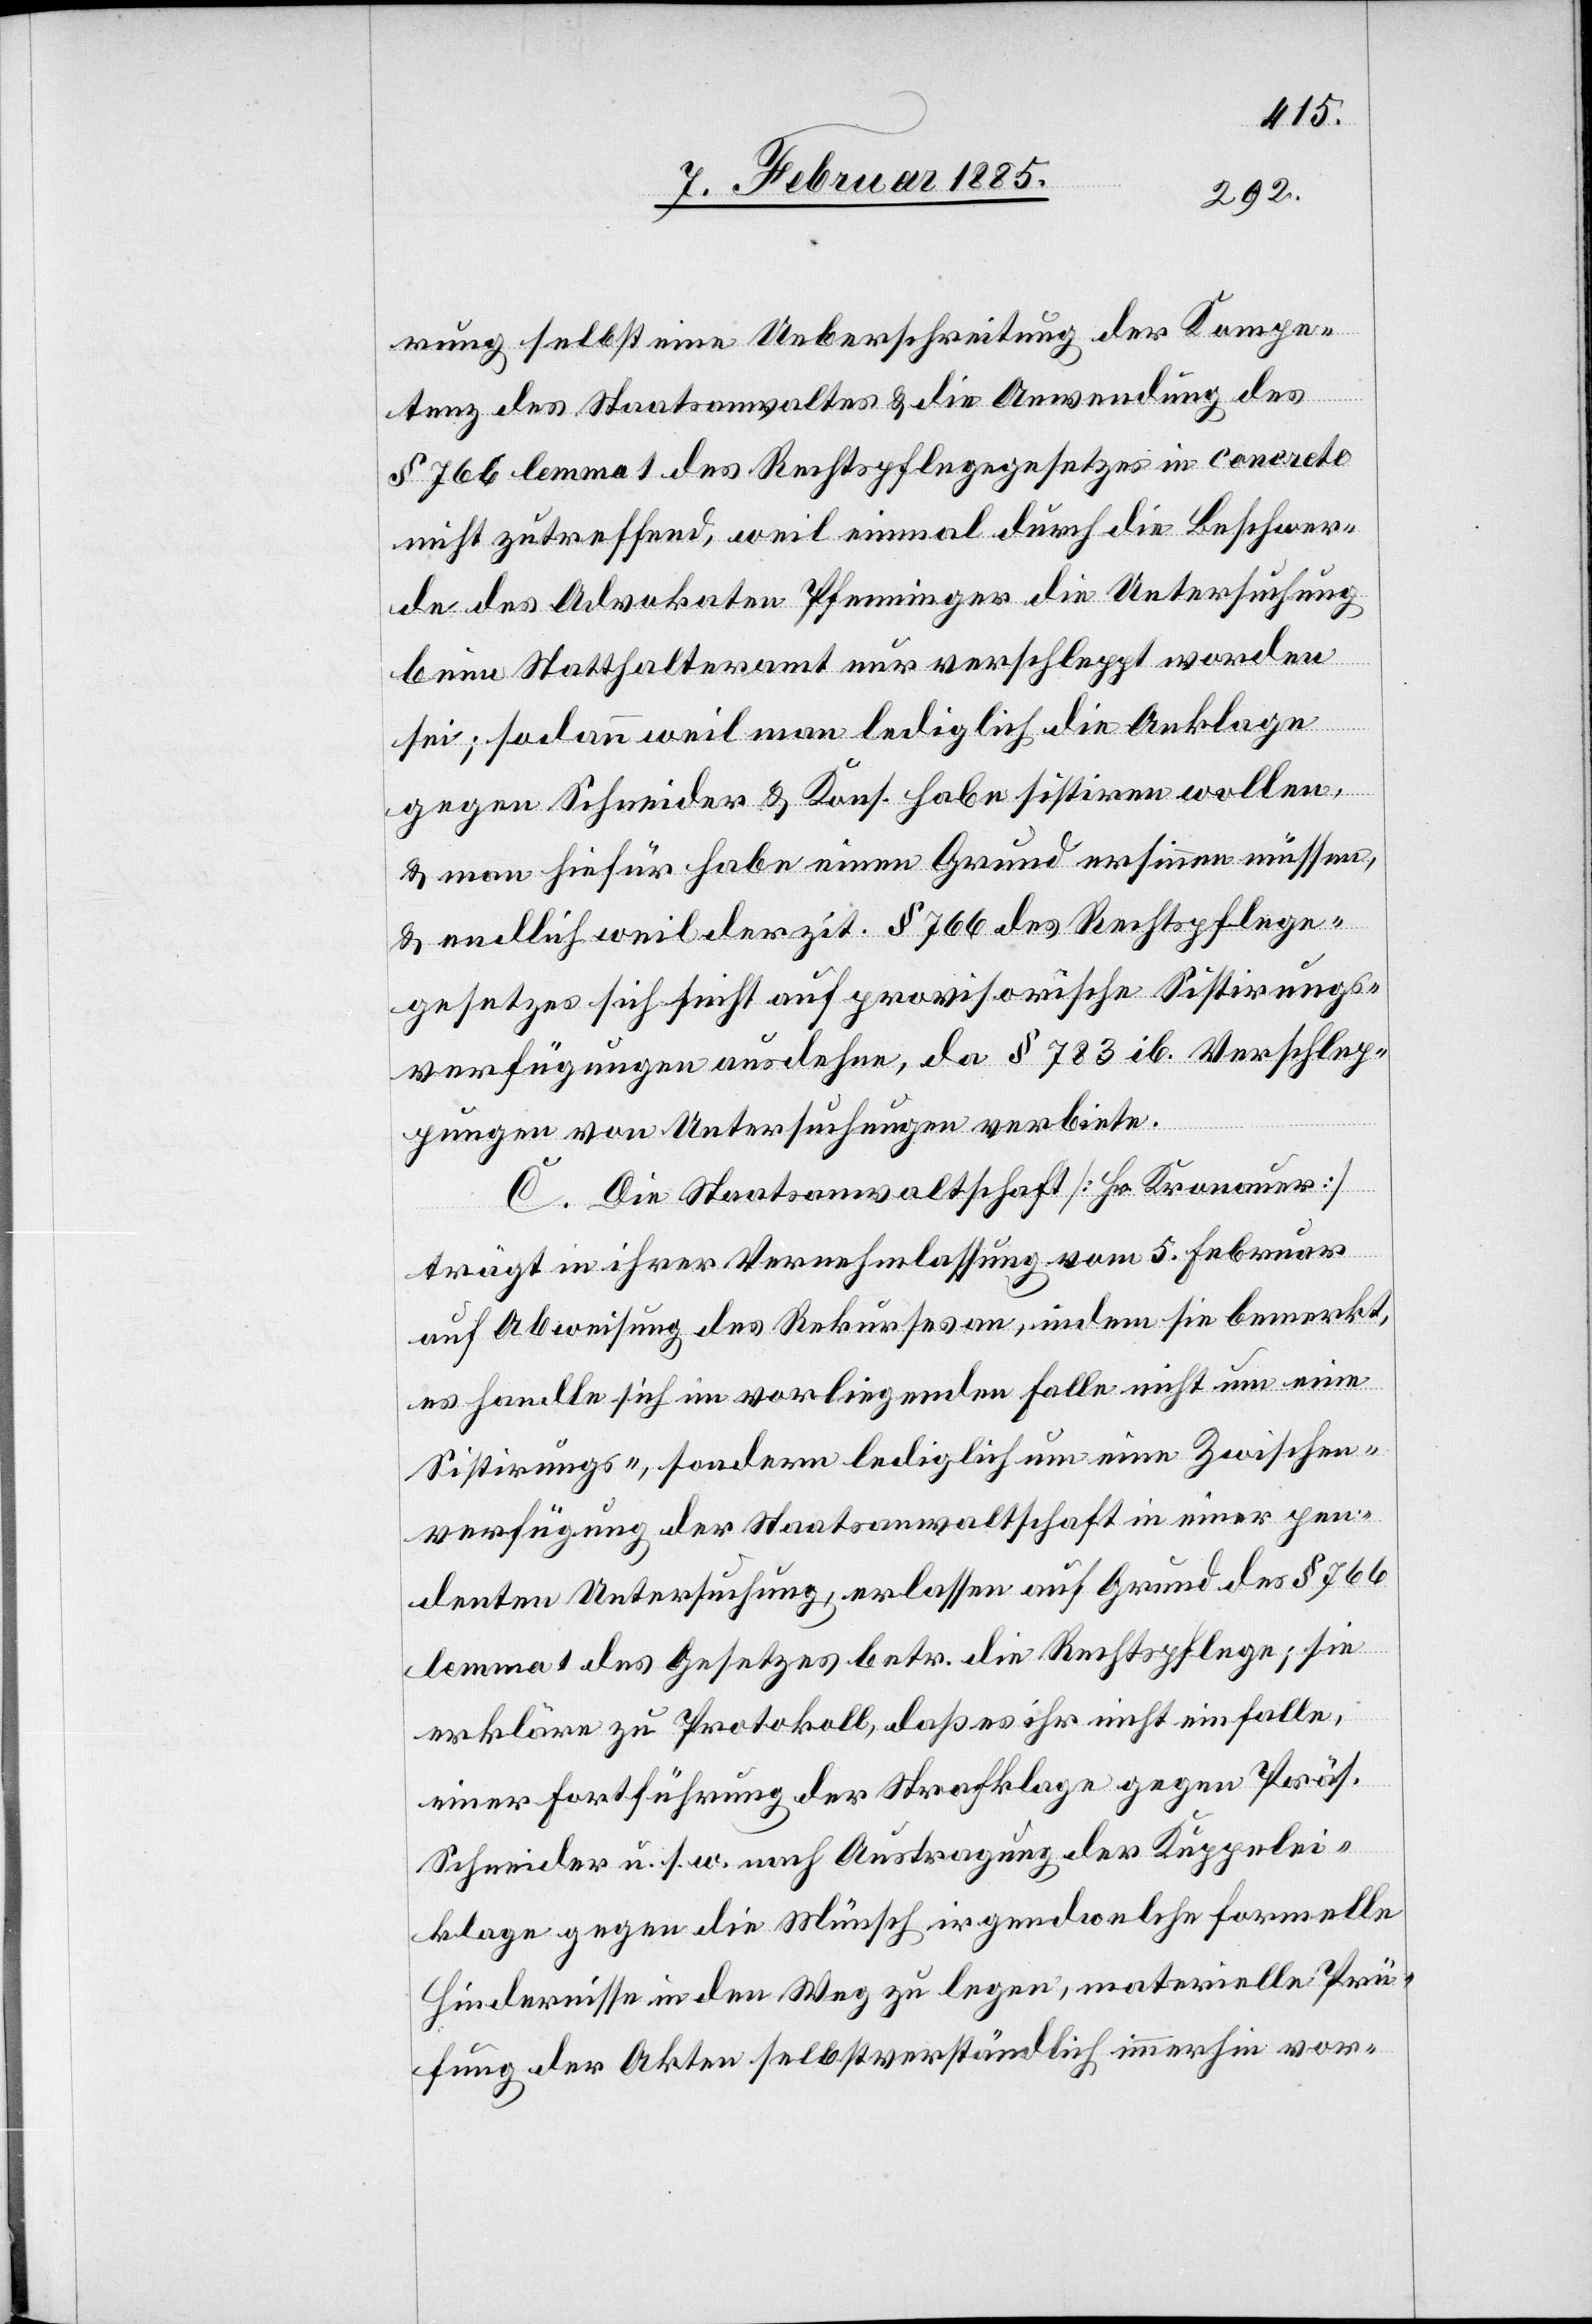
rung selbst eine Ueberschreitung der Kompe¬
tenz des Statthalteramtes & die Anwendung des
§ 766 lemma 1 des Rechtspflegegesetzes in concreto
nicht zutreffend, weil einmal durch die Beschwer¬
de des Advokaten Pfenninger die Untersuchung
beim Statthalteramt nur verschleppt worden
sei; sodann weil man lediglich die Anklage
gegen Schneider & Kons. habe sistiren wollen,
& man hiefür habe einen Grund ersinnen müssen,
& endlich weil der zit. § 766 des Rechtspflege¬
gesetzes sich nicht auf provisorische Sistirungs¬
verfügungen ausdehne, da § 783 ib. Verschlep¬
pungen von Untersuchungen verbiete.
C. Die Staatsanwaltschaft [Hr. Kronauer]
trägt in ihrer Vernehmlassung vom 5. Februar
auf Abweisung des Rekurses an, indem sie bemerkt,
es handle sich im vorliegenden Falle nicht um eine
Sistirungs-, sondern lediglich um eine Zwischen¬
verfügung der Staatsanwaltschaft in einer pen¬
denten Untersuchung, erlassen auf Grund des § 766
lemma 1 des Gesetzes betr. die Rechtspflege; sie
erkläre zu Protokoll, daß es ihr nicht einfalle,
einer Fortführung der Strafklage gegen Präs.
Schneider u. s. w. nach Austragung der Kuppelei¬
klage gegen die Münsch irgendwelche formelle
Hindernisse in den Weg zu legen, materielle Prü¬
fung der Akten selbstverständlich immerhin vor-